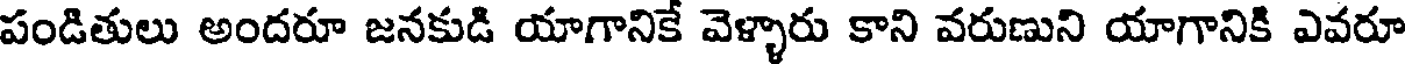
పండితులు అందరూ జనకుడి యాగానికే వెళ్ళారు కాని వరుణుని యాగానికి ఎవరూ